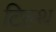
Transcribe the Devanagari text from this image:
टिल्थ